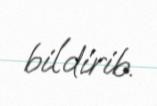
bildirib.